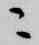
ニ